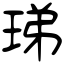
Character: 珶